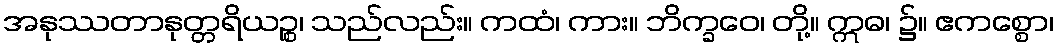
အနုဿတာနုတ္တရိယဉ္စ၊ သည်လည်း။ ကထံ၊ ကား။ ဘိက္ခဝေ၊ တို့။ ဣဓ၊ ၌။ ဧကစ္စော၊